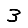
Digit: 3